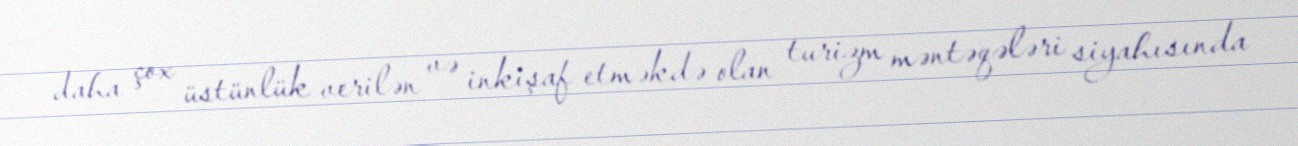
daha çox üstünlük verilən və inkişaf etməkdə olan turizm məntəqələri siyahısında